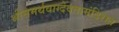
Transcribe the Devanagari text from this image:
श्रीसमर्थवाग्देवतामंदिरात